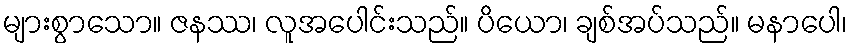
များစွာသော။ ဇနဿ၊ လူအပေါင်းသည်။ ပိယော၊ ချစ်အပ်သည်။ မနာပေါ၊